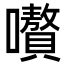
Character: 嚽